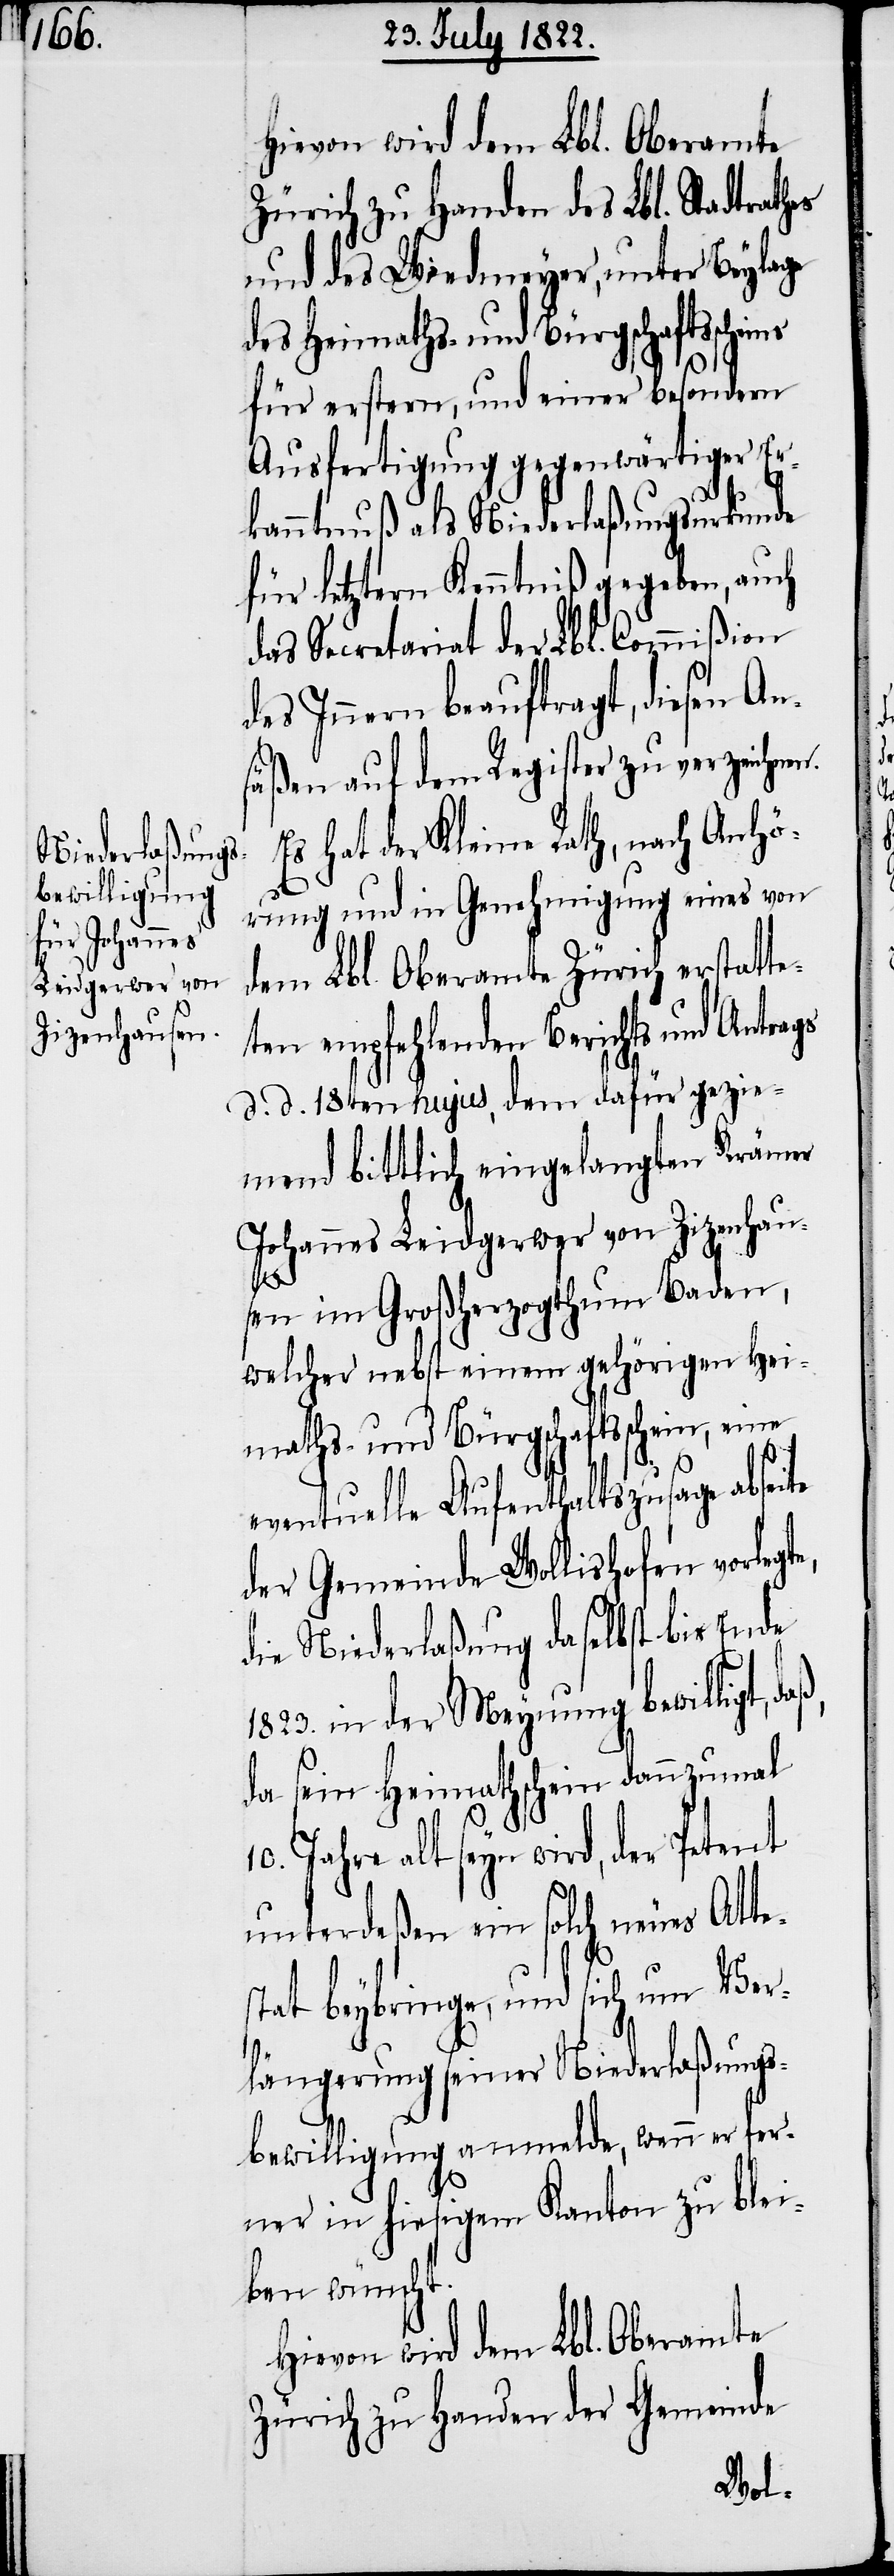
bewilligt,

Hievon wird dem Lbl. Oberamte
Zürich zu Handen des Lbl. Stadtrathes
und des Wiedmeyer, unter Beylage
des Heimaths- und Bürgschaftssche¬
für erstern, und einer besondern
Ausfertigung gegenwärtiger Er¬
kanntnuß als Niederlaßungsurkunde
für letztern Kenntniß gegeben, auch
das Secretariat der Lbl. Commißion
des Innern beauftragt, diesen An¬
säßen auf dem Register zu verzeichnen.
Es hat der Kleine Rath, nach Anhö¬
rung und in Genehmigung eines von
dem Lbl. Oberamte Zürich erstatte¬
ten empfehlenden Berichts und Antrags
d. d. 18ten hujus, dem dafür gezie¬
mend bittlich eingelangten Krämer
Johannes Leidgerwer von Zizenhau¬
daß,
sen im Großherzogthum Baden,
welcher nebst einem gehörigen Hei¬
maths- und Bürgschaftsschein, eine
eventuelle Aufenthaltszusage abseite
der Gemeinde Wollishofen vorlegte,
die Niederlaßung daselbst bis Ende
da sein Heimathschein dannzumal
10. Jahre alt seyn wird, der Petent
unterdeßen ein solch neues Atte¬
stat beybringe, und sich um Ver¬
längerung seiner Niederlaßungs¬
bewilligung anmelde, wenn er fer¬
ner in hiesigem Kanton zu blei¬
ben wünscht.
Hievon wird dem Lbl. Oberamte
Zürich zu Handen der Gemeinde